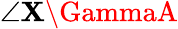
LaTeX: \angle\mathbf{X}\GammaA